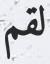
لقم